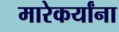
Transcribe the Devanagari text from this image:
मारेकर्यांना